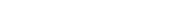
١١٤